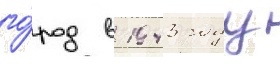
го́род в 1943 году